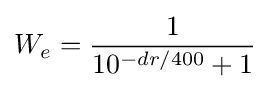
W_{e}={\frac {1}{10^{-dr/400}+1}}